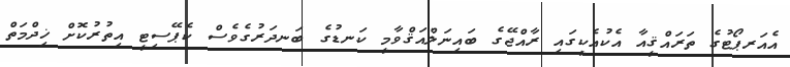
އެއަރޕޯޓުގެ ތަރައްޤީއާ އެކުއެކީގައި ރާއްޖޭގެ ބައިނަލްއަޤްވާމީ ކަނޑުގެ ބަނދަރުގެވެސް ކެޕޭސިޓީ އިތުރުކޮށް ޚިދްމަތް